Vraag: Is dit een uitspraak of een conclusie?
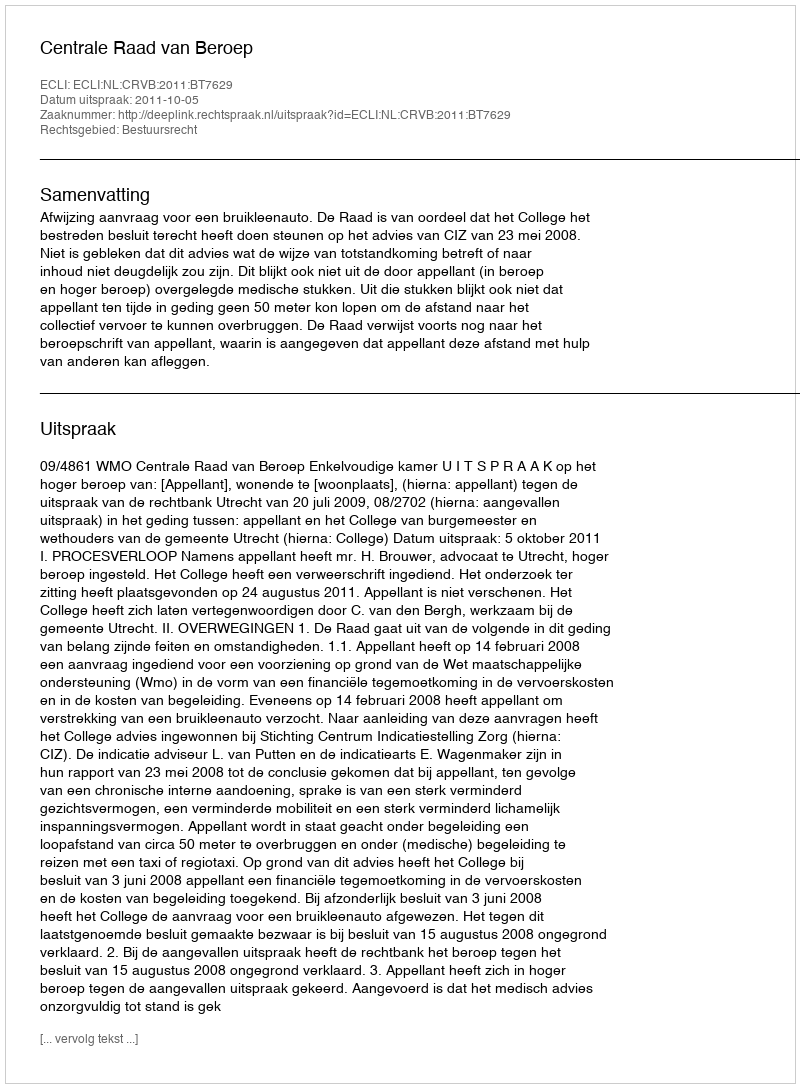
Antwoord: Uitspraak